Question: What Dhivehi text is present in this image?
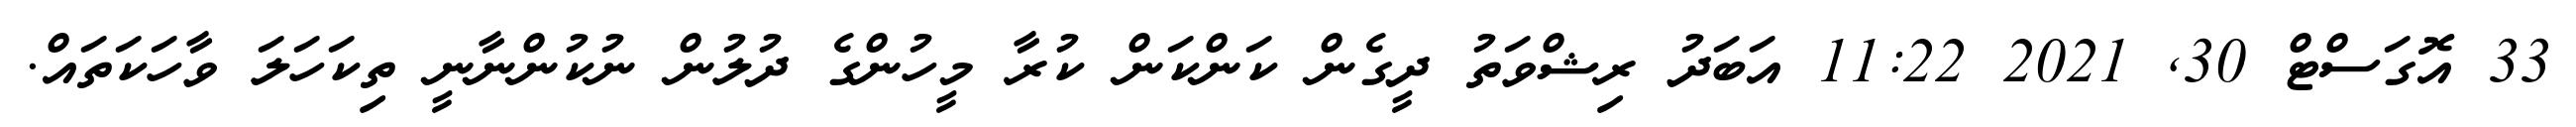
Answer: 33 އޮގަސްޓް 30, 2021 11:22 އަބަދު ރިޝްވަތު ދީގެން ކަންކަން ކުރާ މީހުންގެ ދުލުން ނުކުންނާނީ ތިކަހަލަ ވާހަކަތައް.